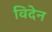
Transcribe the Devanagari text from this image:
विदेन